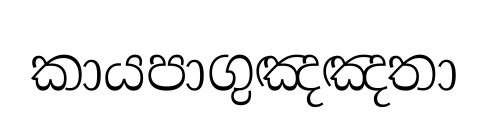
කායපාගුඤඤතා